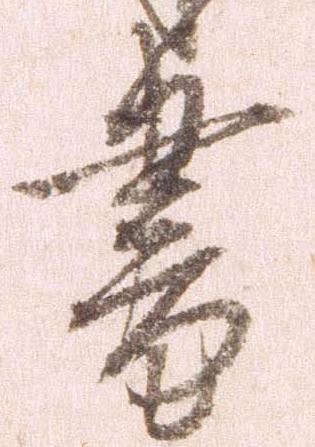
書